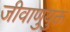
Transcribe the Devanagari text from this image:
जीवाणुयुक्त